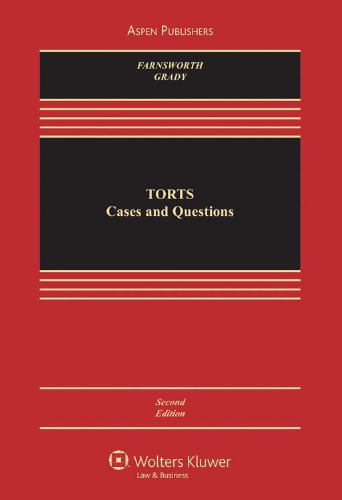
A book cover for Torts 2e; Ward Farnsworth; Law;